Annual administration report of the Civil Veterinary Department of India - 1896-1897
Year: 1896
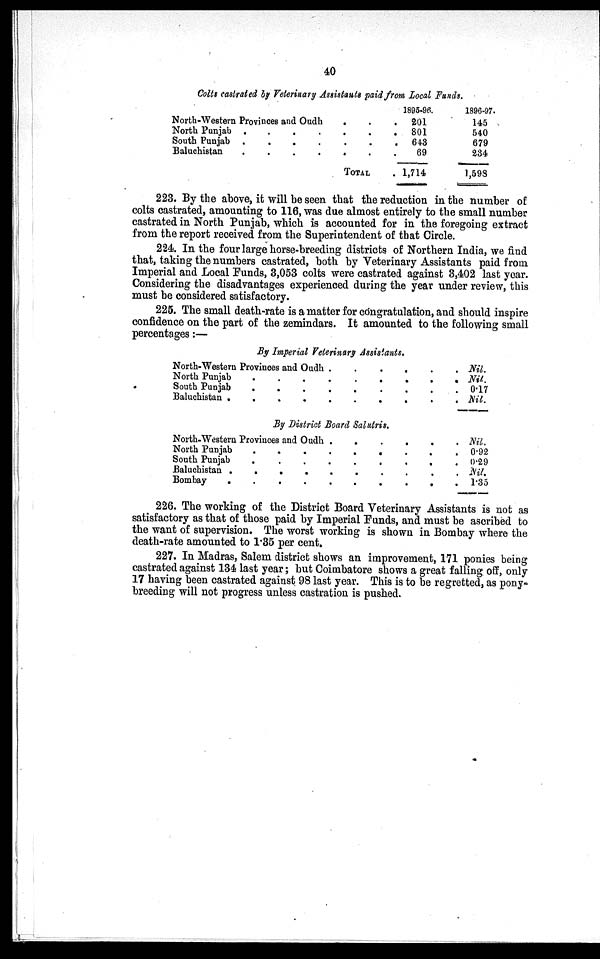
40
Colts castrated by Veterinary Assistants paid from Local Funds.
North-Western Provinces and Oudh. .
North Punjab .
.
.
. . . .
South Punjab
.
.
.
.
.
.
.
Baluchistan
.
.
.
.
.
.
.
TOTAL
1895-96.
201
801
643
69
1,714
1896-97.
145
540
679
234
1,598
223. By the above, it will be seen that the reduction in the number of
colts castrated, amounting to 116, was due almost entirely to the small number
castrated in North Punjab, which is accounted for in the foregoing extract
from the report received from the Superintendent of that Circle.
224. In the four large horse-breeding districts of Northern India, we find
that, taking the numbers castrated, both by Veterinary Assistants paid from
Imperial and Local Funds, 3,053 colts were castrated against 3,402 last year.
Considering the disadvantages experienced during the year under review, this
must be considered satisfactory.
225. The small death-rate is a matter for cóngratulation, and should inspire
confidence on the part of the zemindars. It amounted to the following small
percentages:—
By Imperial Veterinary Assistants.
North-Western Provinces and Oudh . . . . . . .
North Punjab . . . . . . . . .
South Punjab . . . . . . . . .
Baluchistan .
.
.
.
.
.
Nil.
Nil.
0.17
Nil.
By District Board Salutris.
North-Western Provinces and Oudh .
.
.
. .
North Punjab
.
.
.
.
.
.
.
South Punjab . . . . . . . . .
Baluchistan .
.
.
.
.
.
.
.
Bombay
.
.
.
.
.
.
.
.
Nil.
0.92
0.29
Nil.
1.35
226. The working of the District Board Veterinary Assistants is not as
satisfactory as that of those paid by Imperial Funds, and must be ascribed to
the want of supervision. The worst working is shown in Bombay where the
death-rate amounted to 1.35 per cent.
227. In Madras, Salem district shows an improvement, 171 ponies being
castrated against 134 last year; but Coimbatore shows a great falling off, only
17 having been castrated against 98 last year. This is to be regretted, as pony-
breeding will not progress unless castration is pushed.